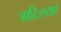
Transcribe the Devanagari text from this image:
जाटिलताएं